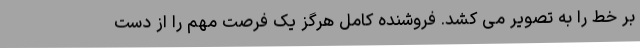
بر خط را به تصویر می کشد. فروشنده کامل هرگز یک فرصت مهم را از دست